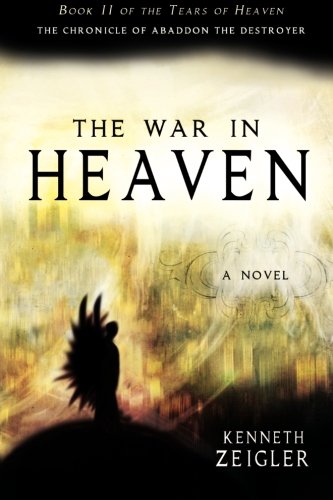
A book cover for The War in Heaven: The Chronicle of Abaddon the Destroyer (Tears of Heaven); Kenneth Zeigler; Religion & Spirituality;